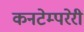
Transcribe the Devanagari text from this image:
कनटेम्परेरी